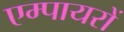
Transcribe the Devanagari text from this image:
एम्पायरों